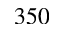
3 5 0